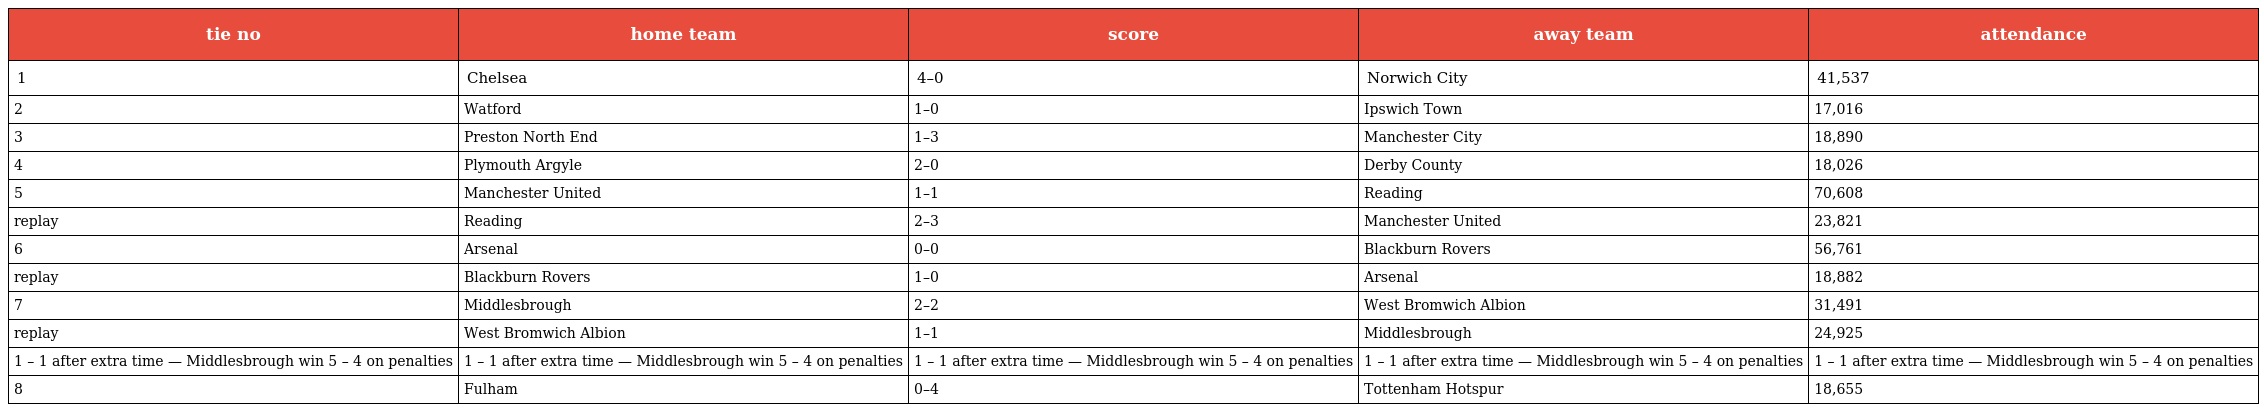
| tie no | home team | score | away team | attendance |
 | --- | --- | --- | --- | --- |
 | 1 | Chelsea | 4–0 | Norwich City | 41,537 |
 | 2 | Watford | 1–0 | Ipswich Town | 17,016 |
 | 3 | Preston North End | 1–3 | Manchester City | 18,890 |
 | 4 | Plymouth Argyle | 2–0 | Derby County | 18,026 |
 | 5 | Manchester United | 1–1 | Reading | 70,608 |
 | replay | Reading | 2–3 | Manchester United | 23,821 |
 | 6 | Arsenal | 0–0 | Blackburn Rovers | 56,761 |
 | replay | Blackburn Rovers | 1–0 | Arsenal | 18,882 |
 | 7 | Middlesbrough | 2–2 | West Bromwich Albion | 31,491 |
 | replay | West Bromwich Albion | 1–1 | Middlesbrough | 24,925 |
 | 1 – 1 after extra time — Middlesbrough win 5 – 4 on penalties | 1 – 1 after extra time — Middlesbrough win 5 – 4 on penalties | 1 – 1 after extra time — Middlesbrough win 5 – 4 on penalties | 1 – 1 after extra time — Middlesbrough win 5 – 4 on penalties | 1 – 1 after extra time — Middlesbrough win 5 – 4 on penalties |
 | 8 | Fulham | 0–4 | Tottenham Hotspur | 18,655 |